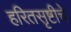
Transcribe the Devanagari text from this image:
हरितसृष्टीचे